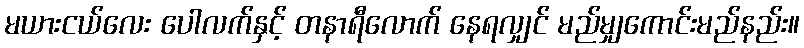
မယားငယ်လေး ပေါလက်နှင့် တနာရီလောက် နေရလျှင် မည်မျှကောင်းမည်နည်း။